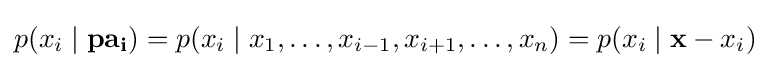
p(x_{i}\mid \mathbf {pa_{i}} )=p(x_{i}\mid x_{1},\ldots ,x_{i-1},x_{i+1},\ldots ,x_{n})=p(x_{i}\mid \mathbf {x} -{x_{i}})